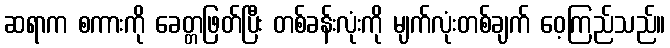
ဆရာက စကားကို ခေတ္တဖြတ်ပြီး တစ်ခန်းလုံးကို မျက်လုံးတစ်ချက် ဝေ့ကြည်သည်။